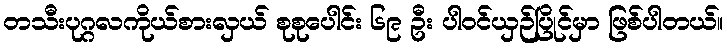
တသီးပုဂ္ဂလကိုယ်စားလှယ် စုစုပေါင်း ၆၉ ဦး ပါဝင်ယှဉ်ပြိုင်မှာ ဖြစ်ပါတယ်။